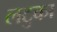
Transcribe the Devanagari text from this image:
लटुका